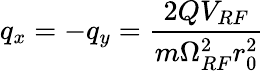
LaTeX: q_{x}=-q_{y}=\frac{2QV_{RF}}{m\Omega_{RF}^{2}r_{0}^{2}}